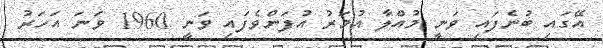
އޭގައި ބުނެފައި ވަނީ މުއްލާ އުމަރު އުފަންވެފައި ވަނީ 1960 ވަނަ އަހަރު